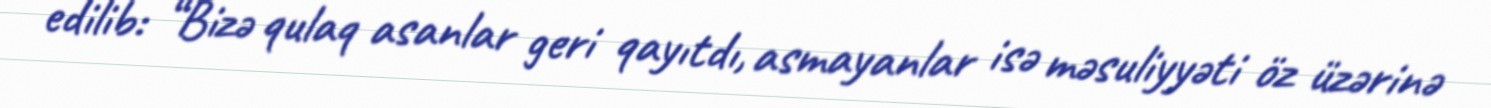
edilib: “Bizə qulaq asanlar geri qayıtdı, asmayanlar isə məsuliyyəti öz üzərinə